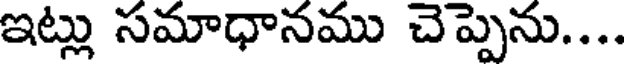
ఇట్లు సమాధానము చెప్పెను....